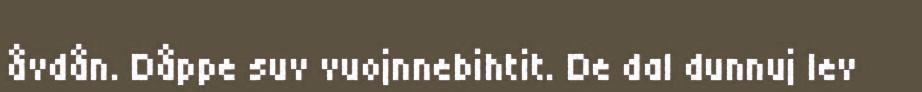
åvdån. Dåppe suv vuojnnebihtit. De dal dunnuj lev